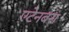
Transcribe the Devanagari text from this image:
एटेनबरा